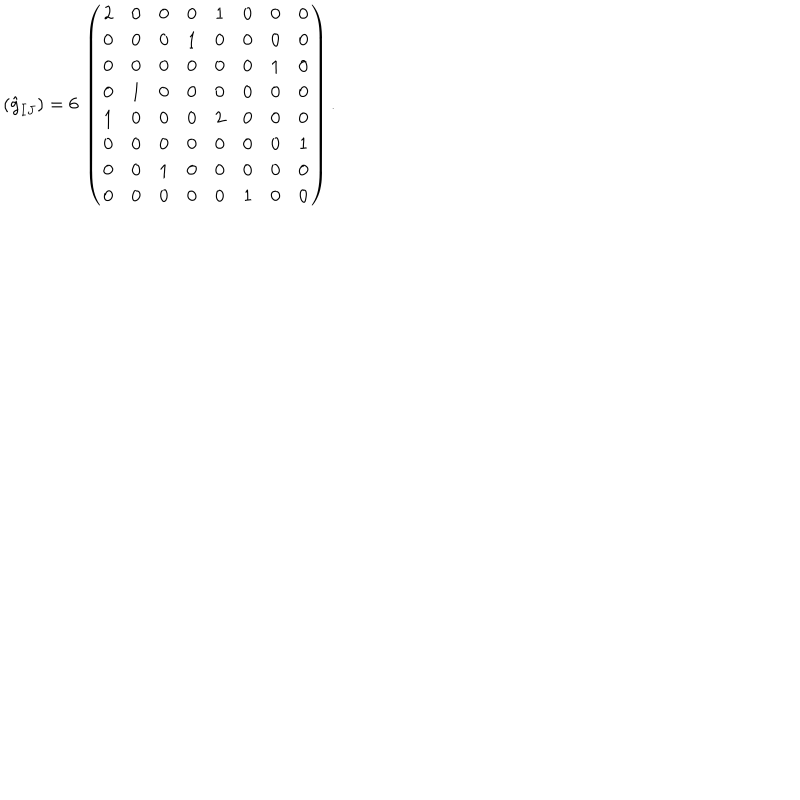
( \hat { g } _ { I J } ) = 6 \, \left( \begin{array} { c c c c c c c c } { { 2 } } & { { 0 } } & { { 0 } } & { { 0 } } & { { 1 } } & { { 0 } } & { { 0 } } & { { 0 } } \\ { { 0 } } & { { 0 } } & { { 0 } } & { { 1 } } & { { 0 } } & { { 0 } } & { { 0 } } & { { 0 } } \\ { { 0 } } & { { 0 } } & { { 0 } } & { { 0 } } & { { 0 } } & { { 0 } } & { { 1 } } & { { 0 } } \\ { { 0 } } & { { 1 } } & { { 0 } } & { { 0 } } & { { 0 } } & { { 0 } } & { { 0 } } & { { 0 } } \\ { { 1 } } & { { 0 } } & { { 0 } } & { { 0 } } & { { 2 } } & { { 0 } } & { { 0 } } & { { 0 } } \\ { { 0 } } & { { 0 } } & { { 0 } } & { { 0 } } & { { 0 } } & { { 0 } } & { { 0 } } & { { 1 } } \\ { { 0 } } & { { 0 } } & { { 1 } } & { { 0 } } & { { 0 } } & { { 0 } } & { { 0 } } & { { 0 } } \\ { { 0 } } & { { 0 } } & { { 0 } } & { { 0 } } & { { 0 } } & { { 1 } } & { { 0 } } & { { 0 } } \\ \end{array} \right) .